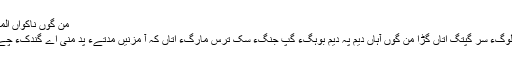
من گوں ناکواں المّیءَ دُچارکپاں‘‘
وہدے ناکوانی لوگءَ سر گپتگ اتاں گڑا من گوں آہاں دیم پہ دیم بوہگءُ گپّ جنَگءَ سکّ تُرس مارگءَ اتاں کہ آ مزنیں مدّتےءَ پد منی اے گندُکءَ چے مطلب دئینت۔